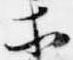
等